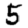
Digit: 5